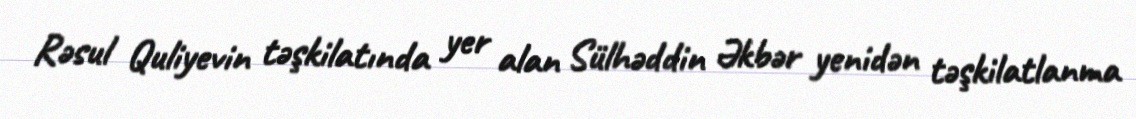
Rəsul Quliyevin təşkilatında yer alan Sülhəddin Əkbər yenidən təşkilatlanma